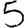
Digit: 5